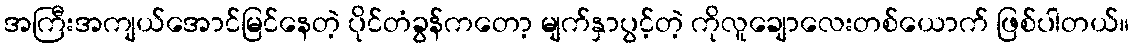
အကြီးအကျယ်အောင်မြင်နေတဲ့ ပိုင်တံခွန်ကတော့ မျက်နှာပွင့်တဲ့ ကိုလူချောလေးတစ်ယောက် ဖြစ်ပါတယ်။